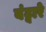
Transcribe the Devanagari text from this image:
बंट्वारे